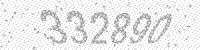
Solution: 332890